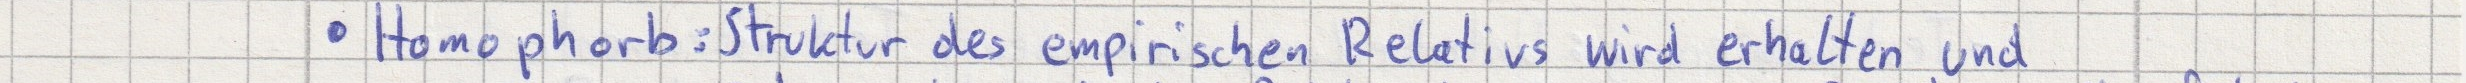
Homophorb: Struktur des empirischen Relativs wird erhalten und